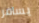
يسافر